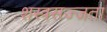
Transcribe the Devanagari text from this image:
शस्त्रसज्जता